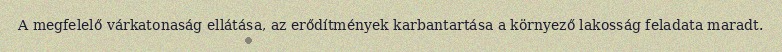
A megfelelő várkatonaság ellátása, az erődítmények karbantartása a környező lakosság feladata maradt.